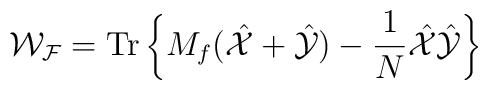
{\mathcal{W_F}}=\mbox{Tr}\left\{M_f(\hat{\mathcal{X}}+\hat{\mathcal{Y}})-\frac{1}{N}\hat{\mathcal{X}}\hat{\mathcal{Y}}\right\}